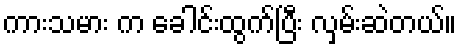
ကားသမား က ခေါင်းထွက်ပြီး လှမ်းဆဲတယ်။